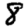
Digit: 8